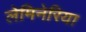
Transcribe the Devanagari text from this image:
लेमिनेरिया